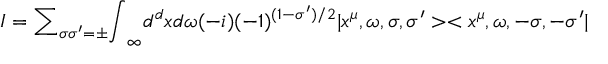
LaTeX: I = { \sum } _ { { \sigma } { \sigma } ^ { \prime } = { \pm } } { \int } _ { \infty } d ^ { d } x d { \omega } ( - i ) ( - 1 ) ^ { ( 1 - { \sigma } ^ { \prime } ) / 2 } | x ^ { \mu } , { \omega } , { \sigma } , { \sigma ^ { \prime } } > < x ^ { \mu } , { \omega } , { - \sigma } , { - \sigma ^ { \prime } } |